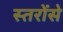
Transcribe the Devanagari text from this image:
स्तरोंसे